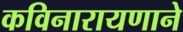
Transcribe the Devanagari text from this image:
कविनारायणाने